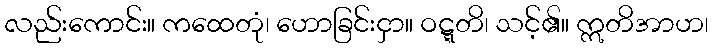
လည်းကောင်း။ ကထေတုံ၊ ဟောခြင်းငှာ။ ဝဋ္ဋတိ၊ သင့်၏။ ဣတိအာဟ၊